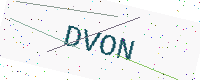
Text: DVON